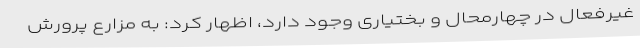
غیرفعال در چهارمحال و بختیاری وجود دارد، اظهار کرد: به مزارع پرورش